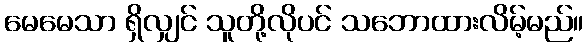
မေမေသာ ရှိလျှင် သူတို့လိုပင် သဘောထားလိမ့်မည်။